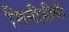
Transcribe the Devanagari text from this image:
मिनीडीवी